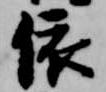
依